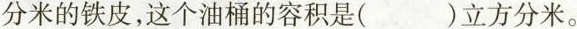
分米的铁皮，这个油桶的容积是()立方分米。